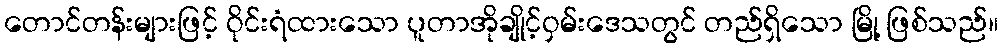
တောင်တန်းများဖြင့် ဝိုင်းရံထားသော ပူတာအိုချိုင့်ဝှမ်းဒေသတွင် တည်ရှိသော မြို့ ဖြစ်သည်။